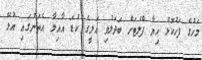
މަހުގެ ފަހުކޮޅު ހިޔާ ފްލެޓަށް ބަދަލުވި އަލީގެ ކުޑަ އާއިލާ އެތަނުގައި އުޅޭ